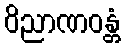
ဝိညာဏဝန္တံ